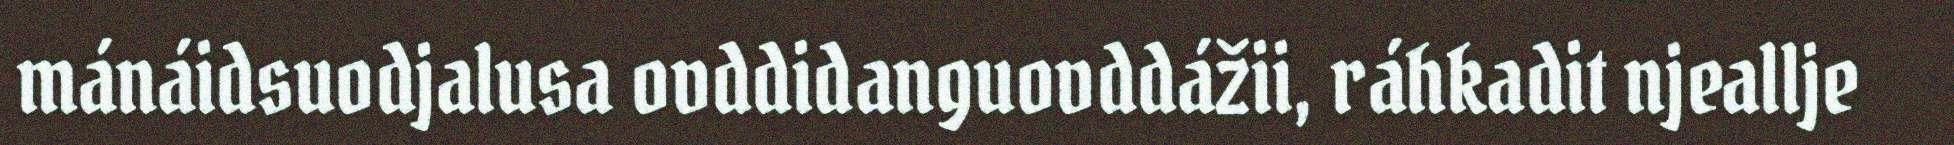
mánáidsuodjalusa ovddidanguovddážii, ráhkadit njeallje